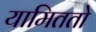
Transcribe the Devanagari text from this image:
यामिततो